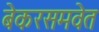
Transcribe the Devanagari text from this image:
बेकरसमवेत